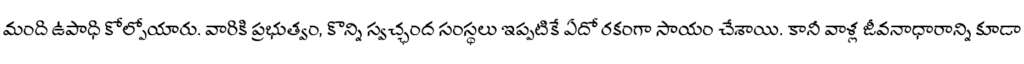
మంది ఉపాధి కోల్పోయారు. వారికి ప్రభుత్వం, కొన్ని స్వచ్ఛంద సంస్థలు ఇప్పటికే ఏదో రకంగా సాయం చేశాయి. కానీ వాళ్ల జీవనాధారాన్ని కూడా